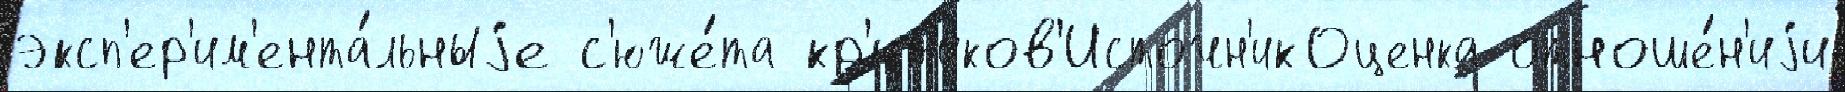
эксп'ер'им'ента́льныjе с'юже́та кр'ит'иков'Источн'икОценка отноше́н'иjи